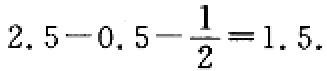
$2.5 - 0.5 - \frac{1}{2} = 1.5.$